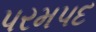
પરમપદ